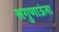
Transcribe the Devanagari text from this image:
सगुणाऊंना